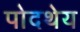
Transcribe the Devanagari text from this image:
पोदथेय